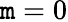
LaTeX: \mathtt{m}=0